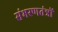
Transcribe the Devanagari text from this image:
संभरणतंत्रों